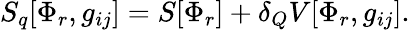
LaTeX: S_{q}[\Phi_{r},g_{ij}]=S[\Phi_{r}]+\delta_{Q}V[\Phi_{r},g_{ij}].